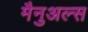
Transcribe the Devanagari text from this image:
मैनुअल्स